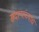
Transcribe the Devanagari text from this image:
सदस्यांच्याच